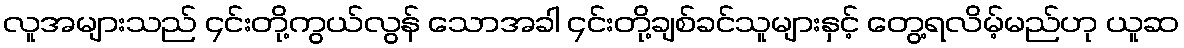
လူအများသည် ၄င်းတို့ကွယ်လွန် သောအခါ ၄င်းတို့ချစ်ခင်သူများနှင့် တွေ့ရလိမ့်မည်ဟု ယူဆ